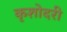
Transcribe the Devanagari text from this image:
कृशोदरी